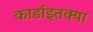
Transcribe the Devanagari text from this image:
कार्डाइतक्या